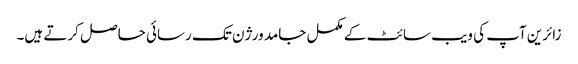
زائرین آپ کی ویب سائٹ کے مکمل جامد ورژن تک رسائی حاصل کرتے ہیں۔